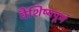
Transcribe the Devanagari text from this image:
वैशिष्यपूर्ण